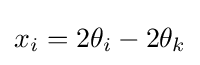
x_{i}=2\theta _{i}-2\theta _{k}